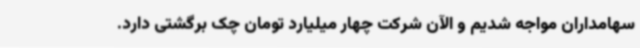
سهامداران مواجه شدیم و الآن شرکت چهار میلیارد تومان چک برگشتی دارد.